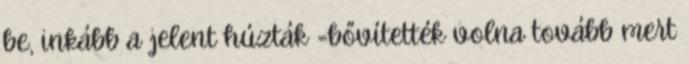
be, inkább a jelent húzták =bővítették volna tovább mert